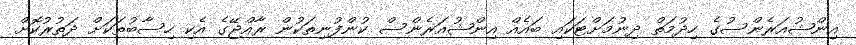
އިންޝުއަރެންސުގެ ހިދުމަތް ދިނުމަށްޓަކައި ބައެއް އިންޝުއަރެންސް ކުންފުނިތަކުން ރާއްޖޭގެ އެކި ހިސާބުތަކަށް ދަތުރުކޮށް